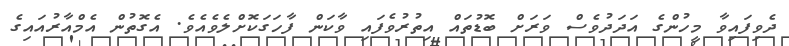
ދެވިފައިވާ މީހުންގެ އަދަދުވެސް ވަރަށް ބޮޑުތައް އިތުރުވެފައި ވާކަން ފާހަގަކޮށްލެވެއެވެ. އެގޮތުން އެމްއާރުއައިގެ